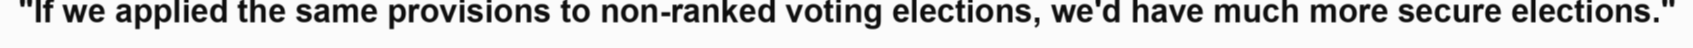
"If we applied the same provisions to non-ranked voting elections, we'd have much more secure elections."